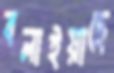
বলাইয়াছে